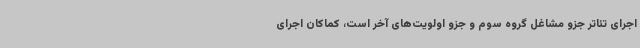
اجرای تئاتر جزو مشاغل گروه سوم و جزو اولویت‌های آخر است، کماکان اجرای